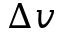
\Delta v